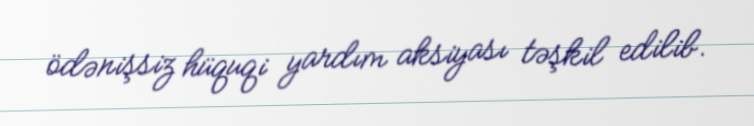
ödənişsiz hüquqi yardım aksiyası təşkil edilib.